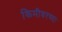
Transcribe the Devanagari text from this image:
किमीवरच्या